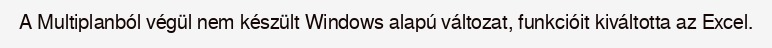
A Multiplanból végül nem készült Windows alapú változat, funkcióit kiváltotta az Excel.